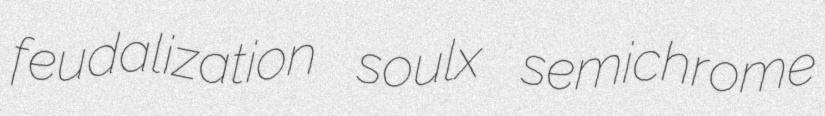
feudalization soulx semichrome